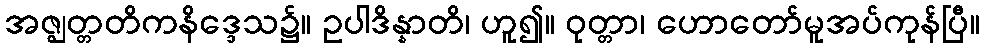
အဇ္ဈတ္တတိကနိဒ္ဒေသ၌။ ဥပါဒိန္နာတိ၊ ဟူ၍။ ဝုတ္တာ၊ ဟောတော်မူအပ်ကုန်ပြီ။